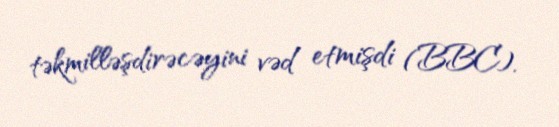
təkmilləşdirəcəyini vəd etmişdi (BBC).